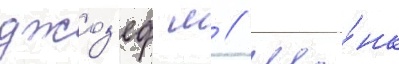
джоз'еф м // Ше́нк